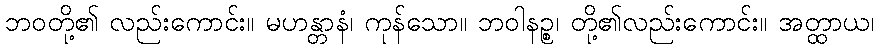
ဘဝတို့၏ လည်းကောင်း။ မဟန္တာနံ၊ ကုန်သော။ ဘဝါနဉ္စ၊ တို့၏လည်းကောင်း။ အတ္ထာယ၊